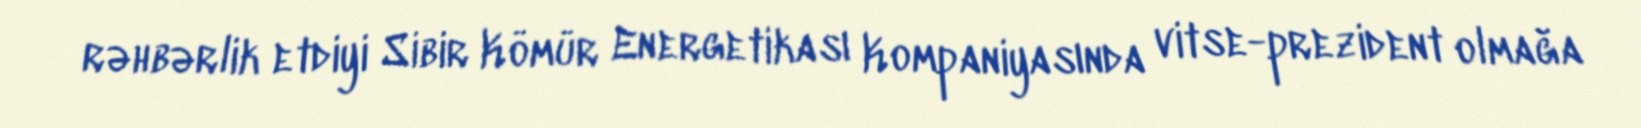
rəhbərlik etdiyi Sibir Kömür Energetikası Kompaniyasında vitse-prezident olmağa